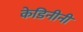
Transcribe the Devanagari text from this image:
केडिनीनी